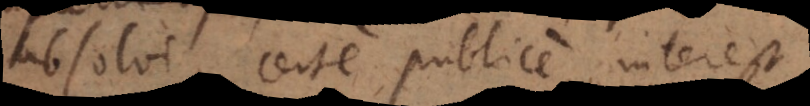
absolvi, certe publice interest